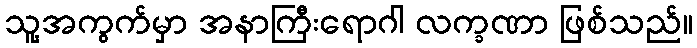
သူ့အကွက်မှာ အနာကြီးရောဂါ လက္ခဏာ ဖြစ်သည်။